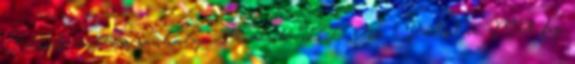
Zászló: 2017-es szabályváltozások II. rész - Pats.hu Mit fog